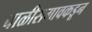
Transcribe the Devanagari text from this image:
चाळीसगावकडून